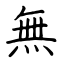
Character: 無